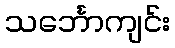
သင်္ဘောကျင်း